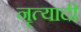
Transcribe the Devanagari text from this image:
नृत्यादी